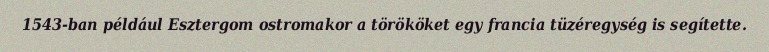
1543-ban például Esztergom ostromakor a törököket egy francia tüzéregység is segítette.